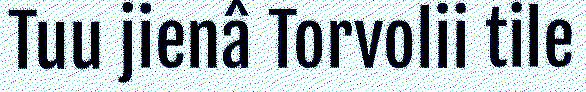
Tuu jienâ Torvolii tile